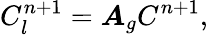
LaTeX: C_{l}^{n+1}=\boldsymbol{A}_{g}C^{n+1},